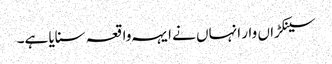
سینکڑاں وار انہاں نے ایہہ واقعہ سنایا ہے۔